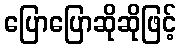
ပြောပြောဆိုဆိုဖြင့်